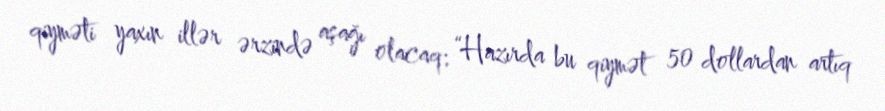
qiyməti yaxın illər ərzində aşağı olacaq: “Hazırda bu qiymət 50 dollardan artıq